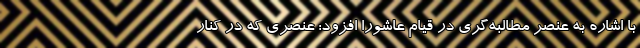
با اشاره به عنصر مطالبه‌گری در قیام عاشورا افزود: عنصری که در کنار